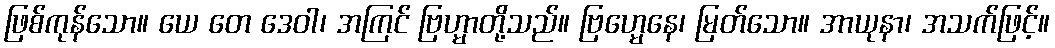
ဖြစ်ကုန်သော။ ယေ တေ ဒေဝါ၊ အကြင် ဗြဟ္မာတို့သည်။ ဗြဟ္မေနေ၊ မြတ်သော။ အာယုနာ၊ အသက်ဖြင့်။